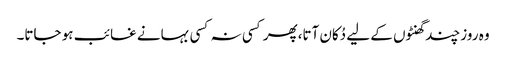
وہ روز چند گھنٹوں کے لیے دُکان آتا،پھر کسی نہ کسی بہانے غائب ہو جاتا۔